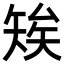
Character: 𥏖